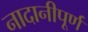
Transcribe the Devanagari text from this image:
नादानीपूर्ण